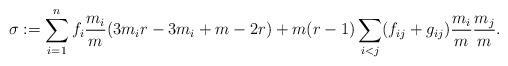
LaTeX: \begin{align*}\sigma := \sum_{i=1}^nf_i{m_i\over m}(3m_ir-3m_i+m-2r) +m(r-1)\sum_{i<j}(f_{ij}+g_{ij}){m_i\over m}{m_j\over m}.\end{align*}